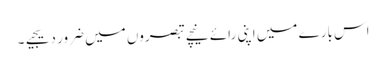
اس بارے میں اپنی رائے نیچے تبصروں میں ضرور دیجیے۔